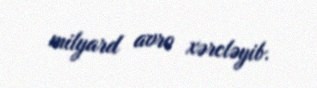
milyard avro xərcləyib.